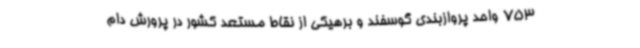
753 واحد پروازبندی گوسفند و برهیکی از نقاط مستعد کشور در پرورش دام